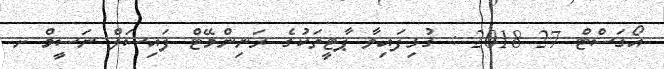
އޯގަސްޓް 27 2018 : ގުޅިފައިވާ ޕާޓީތަކުގެ ރަނިންްމޭޓް ފައިސަލް ނަސީމް ށ